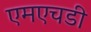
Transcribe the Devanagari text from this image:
एमएचडी